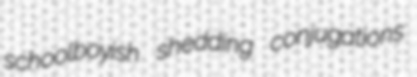
schoolboyish shedding conjugations